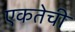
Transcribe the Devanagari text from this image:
एकतेची